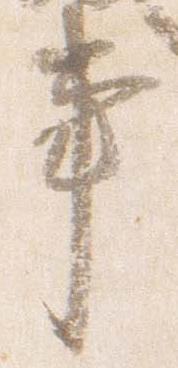
事